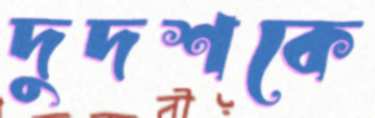
দুদশকে